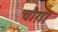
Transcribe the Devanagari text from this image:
चौग़ा